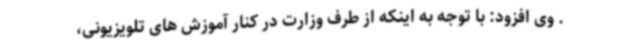
. وی افزود: با توجه به اینکه از طرف وزارت در کنار آموزش های تلویزیونی،